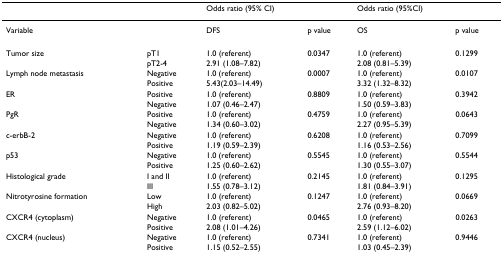
<table><thead><tr><td></td><td></td><td colspan="2"><b>Odds ratio (95% CI)</b></td><td colspan="2"><b>Odds ratio (95%CI)</b></td></tr></thead><tbody><tr><td>Variable</td><td></td><td>DFS</td><td>p value</td><td>OS</td><td>p value</td></tr><tr><td>Tumor size</td><td>pT1</td><td>1.0 (referent)</td><td>0.0347</td><td>1.0 (referent)</td><td>0.1299</td></tr><tr><td></td><td>pT2-4</td><td>2.91 (1.08–7.82)</td><td></td><td>2.08 (0.81–5.39)</td><td></td></tr><tr><td>Lymph node metastasis</td><td>Negative</td><td>1.0 (referent)</td><td>0.0007</td><td>1.0 (referent)</td><td>0.0107</td></tr><tr><td></td><td>Positive</td><td>5.43(2.03–14.49)</td><td></td><td>3.32 (1.32–8.32)</td><td></td></tr><tr><td>ER</td><td>Positive</td><td>1.0 (referent)</td><td>0.8809</td><td>1.0 (referent)</td><td>0.3942</td></tr><tr><td></td><td>Negative</td><td>1.07 (0.46–2.47)</td><td></td><td>1.50 (0.59–3.83)</td><td></td></tr><tr><td>PgR</td><td>Positive</td><td>1.0 (referent)</td><td>0.4759</td><td>1.0 (referent)</td><td>0.0643</td></tr><tr><td></td><td>Negative</td><td>1.34 (0.60–3.02)</td><td></td><td>2.27 (0.95–5.39)</td><td></td></tr><tr><td>c-erbB-2</td><td>Negative</td><td>1.0 (referent)</td><td>0.6208</td><td>1.0 (referent)</td><td>0.7099</td></tr><tr><td></td><td>Positive</td><td>1.19 (0.59–2.39)</td><td></td><td>1.16 (0.53–2.56)</td><td></td></tr><tr><td>p53</td><td>Negative</td><td>1.0 (referent)</td><td>0.5545</td><td>1.0 (referent)</td><td>0.5544</td></tr><tr><td></td><td>Positive</td><td>1.25 (0.60–2.62)</td><td></td><td>1.30 (0.55–3.07)</td><td></td></tr><tr><td>Histological grade</td><td>I and II</td><td>1.0 (referent)</td><td>0.2145</td><td>1.0 (referent)</td><td>0.1295</td></tr><tr><td></td><td>III</td><td>1.55 (0.78–3.12)</td><td></td><td>1.81 (0.84–3.91)</td><td></td></tr><tr><td>Nitrotyrosine formation</td><td>Low</td><td>1.0 (referent)</td><td>0.1247</td><td>1.0 (referent)</td><td>0.0669</td></tr><tr><td></td><td>High</td><td>2.03 (0.82–5.02)</td><td></td><td>2.76 (0.93–8.20)</td><td></td></tr><tr><td>CXCR4 (cytoplasm)</td><td>Negative</td><td>1.0 (referent)</td><td>0.0465</td><td>1.0 (referent)</td><td>0.0263</td></tr><tr><td></td><td>Positive</td><td>2.08 (1.01–4.26)</td><td></td><td>2.59 (1.12–6.02)</td><td></td></tr><tr><td>CXCR4 (nucleus)</td><td>Negative</td><td>1.0 (referent)</td><td>0.7341</td><td>1.0 (referent)</td><td>0.9446</td></tr><tr><td></td><td>Positive</td><td>1.15 (0.52–2.55)</td><td></td><td>1.03 (0.45–2.39)</td><td></td></tr></tbody></table>